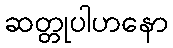
ဆတ္တုပါဟနော